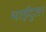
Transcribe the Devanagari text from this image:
भाईदूज।